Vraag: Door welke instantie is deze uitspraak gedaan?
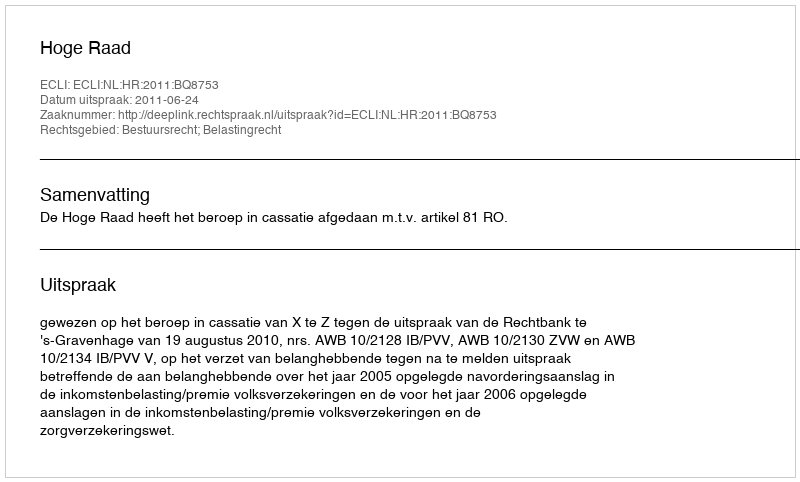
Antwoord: Hoge Raad